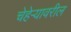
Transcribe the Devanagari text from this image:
चेहेर्‍यावरील